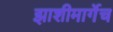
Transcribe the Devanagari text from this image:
झाशीमार्गेच